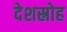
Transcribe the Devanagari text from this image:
देशस्रोह